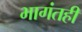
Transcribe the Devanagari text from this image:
भागंतही